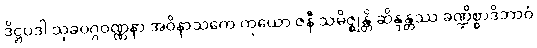
ဒိဋ္ဌပဒါ သုခဝဂ္ဂဝဏ္ဏနာ အဝိနာသကေ ကုယော ဇနီ သမိဇ္ဈန္တိ ဆိန္ဒန္တဿ ခဏ္ဍိစ္စာဒိဘာဝံ